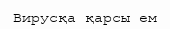
Вирусқа қарсы ем